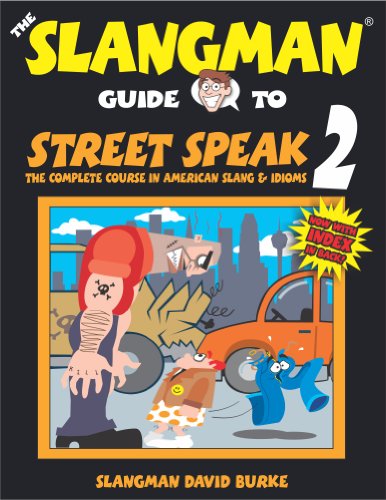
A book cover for The Slangman Guide to Street Speak 2; David Burke; Reference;